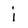
Character: j